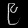
Digit: ၉